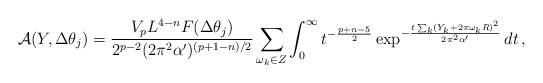
\begin{align*}\mathcal{A}(Y,\Delta\theta_j)= \frac{V_pL^{4-n}F(\Delta\theta_j)}{2^{p-2}(2\pi^2\alpha')^{(p+1-n)/2}}\sum_{\omega_k\in Z} \int_0^\infty t^{-\frac{p+n-5}{2}}\exp^{-\frac{t\sum_k(Y_k+2\pi \omega_k R)^2}{2\pi^2\alpha'}}dt\,,\end{align*}